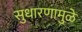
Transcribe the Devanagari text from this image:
सुधारणामुळे